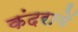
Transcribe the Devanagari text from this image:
कंदरायें